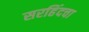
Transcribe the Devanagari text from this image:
सरहिंदचा